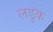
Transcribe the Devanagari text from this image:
लडुक